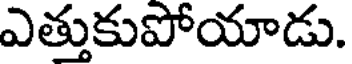
ఎత్తుకుపోయాడు.